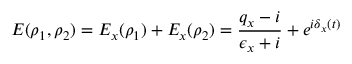
\centering E ( \rho _ { 1 } , \rho _ { 2 } ) = E _ { x } ( \rho _ { 1 } ) + E _ { x } ( \rho _ { 2 } ) = \frac { q _ { x } - i } { \epsilon _ { x } + i } + e ^ { i \delta _ { x } ( t ) }